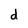
Character: d